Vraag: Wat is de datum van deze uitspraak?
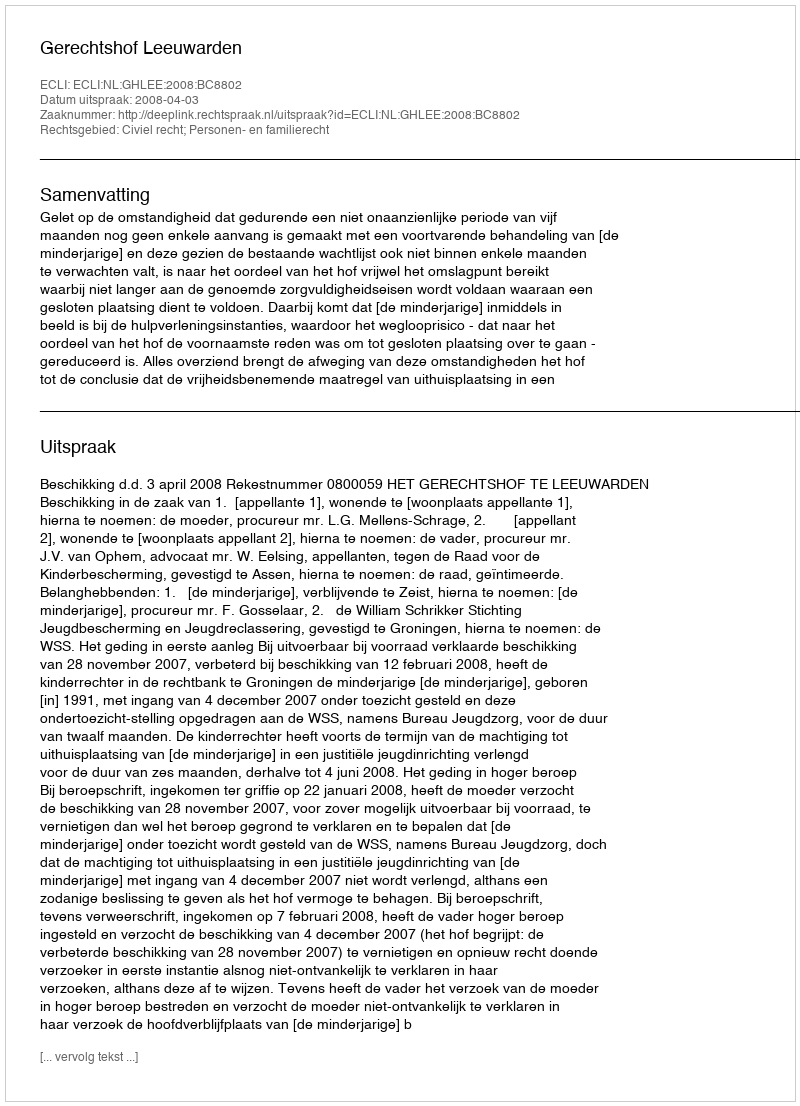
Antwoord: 2008-04-03